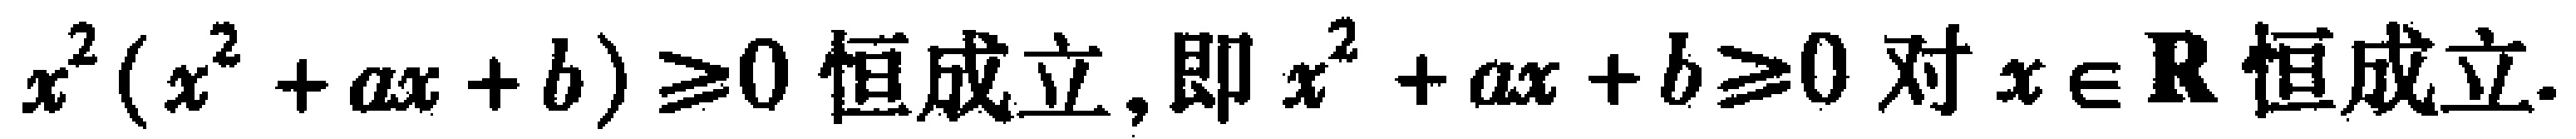
$x^{2}(x^{2}+ax + b)\geqslant0\text{ 恒成立, 即 }x^{2}+ax + b\geqslant0\text{ 对 }x\in\mathbf{R}\text{ 恒成立.}$